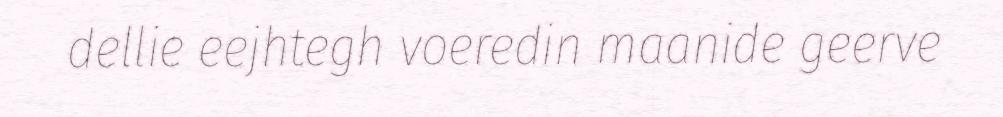
dellie eejhtegh voeredin maanide geerve